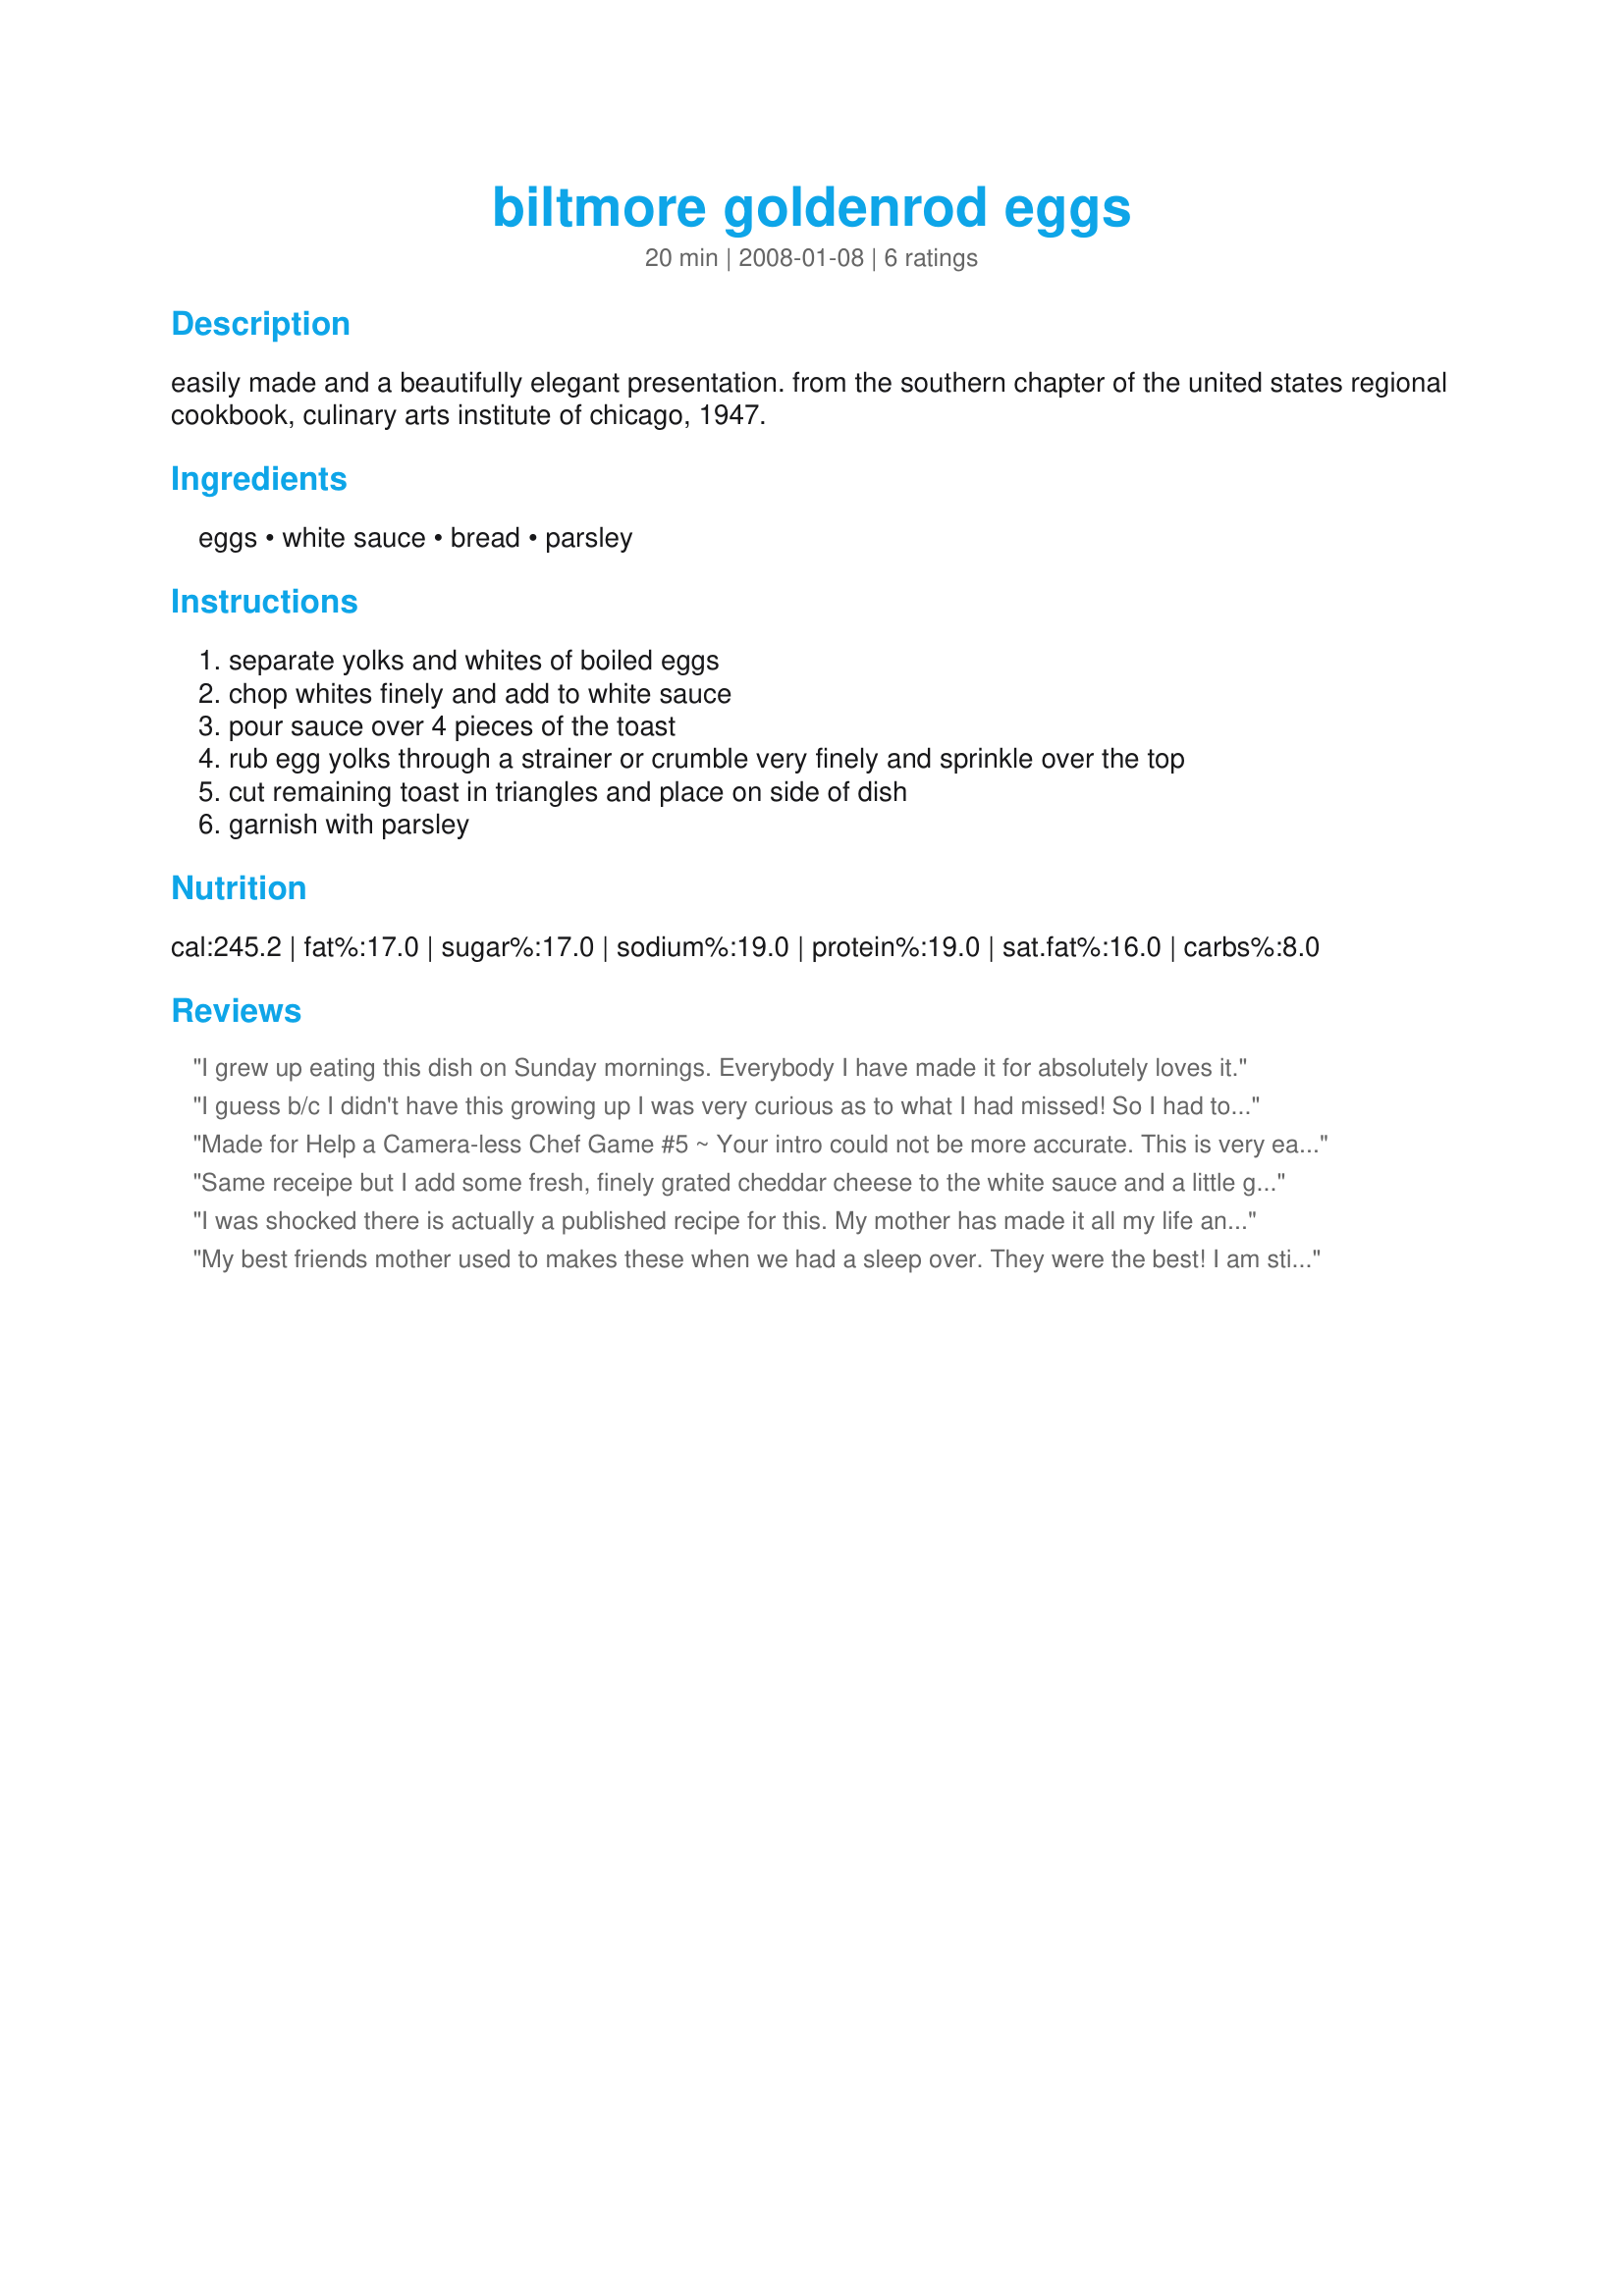
biltmore goldenrod eggs
Preparation time: 20 minutes

easily made and a beautifully elegant presentation. from the southern chapter of the united states regional cookbook, culinary arts institute of chicago, 1947.

Ingredients:
eggs, white sauce, bread, parsley

Steps:
separate yolks and whites of boiled eggs
chop whites finely and add to white sauce
pour sauce over 4 pieces of the toast
rub egg yolks through a strainer or crumble very finely and sprinkle over the top
cut remaining toast in triangles and place on side of dish
garnish with parsley

Reviews:
I grew up eating this dish on Sunday mornings. Everybody I have made it for absolutely loves it.
I guess b/c I didn't have this growing up I was very curious as to what I had missed! So I had to try it. Well... I want to say I missed a LOT! This is much better than I thought it would be. Hard boiled eggs, white sauce and toast? big deal. YES it is a big deal I LOVE IT. I could eat it every day it's my new love I find myself waiting for tomorrow morning so I can eat it again LOL! I didn't change a thing but am thinking about Velveeta maybe even the jalapeno Velveeta. IDK it could not be any better than it is as written. How can this simple recipe with everyday ingredients be so good? Maybe it was the bread I used don't know but I can't get enough! No reason not to tyy this awesome breakfast dish it is so good.
Made for Help a Camera-less Chef Game #5 ~ Your intro could not be more accurate. This is very easily made & so lovely! I hard-boiled my eggs last nite & prepared them so they would be good to go this morning. I did start by rubbing the yolks thru a strainer, but found it easier & quicker to crumble them. A med white sauce is key as you do not want it runny-thin or gravy thick. It also should be tasted for S&P to taste pref ~ the sauce & eggs will need it. This was a very fast-fix & impressed my *breakfast hound* DH b4 he left for work. Thx for sharing this recipe w/us. :-)
Same receipe but I add some fresh, finely grated cheddar cheese to the white sauce and a little grated Parmesan. It's the bomb!
I was shocked there is actually a published recipe for this. My mother has made it all my life and it was our family favorite for special occasions. She calls it Eggs a la Goldenrod. Until now I thought it was a complete original. We make it slightly differently. We chop up both the hard boiled yolk and egg whites to add to the sauce, and reserve just enough grated yolk to sprinkle over the top. Either way its great, but an acquired taste.
My best friends mother used to makes these when we had a sleep over. They were the best! I am still making them 47 years later.
